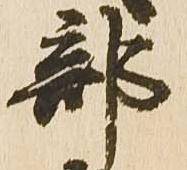
部